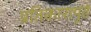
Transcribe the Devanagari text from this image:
प्रतिकारापुढे